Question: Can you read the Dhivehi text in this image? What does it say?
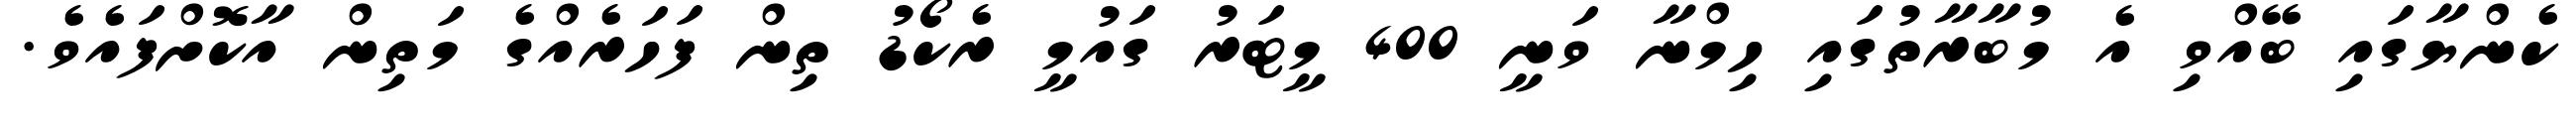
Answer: ކެންޔާގައި ބޭއްވި އެ މުބާރާތުގައި ހިމްނާ ވަނީ 400 މީޓަރު ގައުމީ ރެކޯޑު ތިން ފަހަރެއްގެ މަތިން އާކޮށްފައެވެ.